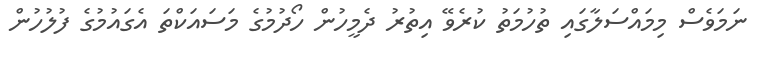
ނަމަވެސް މިމައްސަލާގައި ތުހުމަތު ކުރެވޭ އިތުރު ދެމީހުން ހޯދުމުގެ މަސައަކްތަ އެގައުމުގެ ފުލުހުން